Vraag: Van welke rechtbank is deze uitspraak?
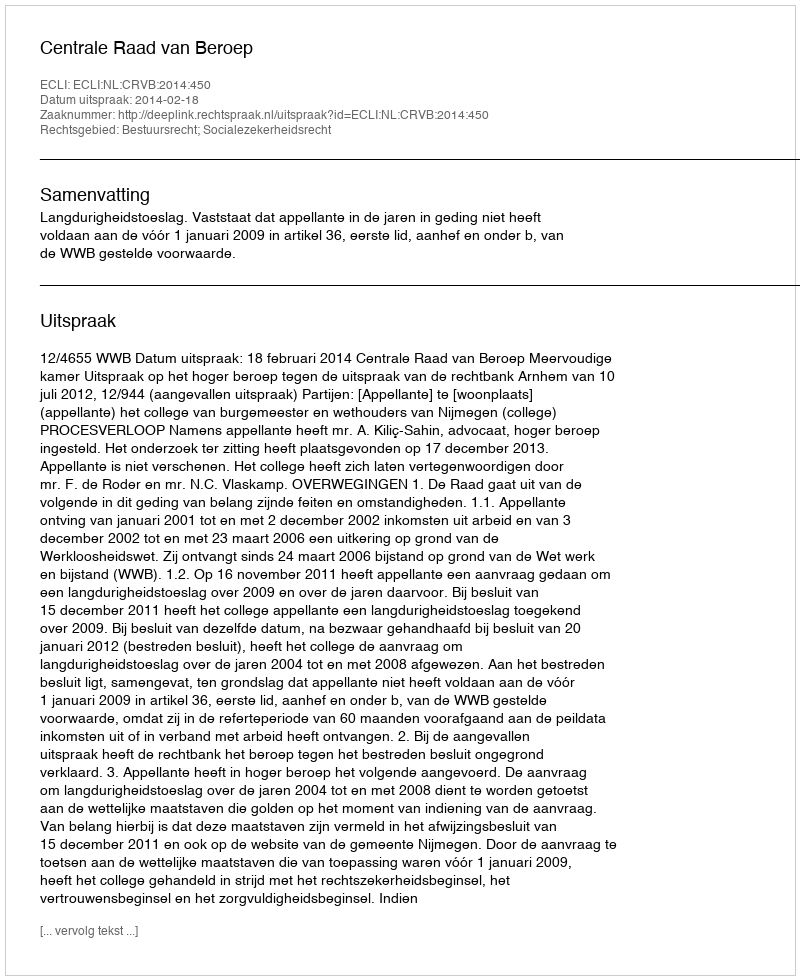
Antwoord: Centrale Raad van Beroep